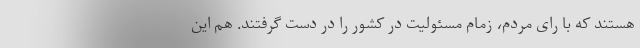
هستند که با رای مردم، زمام مسئولیت در کشور را در دست گرفتند. هم این